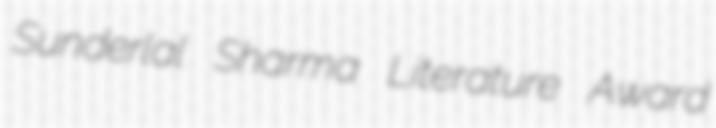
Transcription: Sunderlal Sharma Literature Award